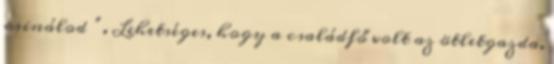
csinálod ”. Lehetséges, hogy a családfő volt az ötletgazda,